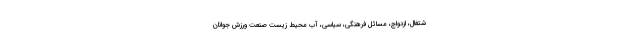
شتغال، ازدواج، مسائل فرهنگی، سیاسی، آب محیط زیست صنعت ورزش جوانان